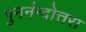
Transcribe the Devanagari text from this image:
पुनर्नन्दोत्तरा